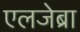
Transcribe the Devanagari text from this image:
एलजेब्रा